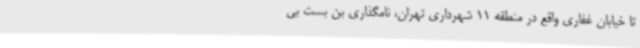
تا خیابان غفاری واقع در منطقه 11 شهرداری تهران، نامگذاری بن بست بی